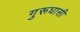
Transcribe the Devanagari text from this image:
गुरूघासी